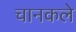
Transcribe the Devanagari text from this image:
चानकले